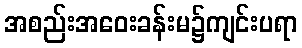
အစည်းအဝေးခန်းမ၌ကျင်းပရာ